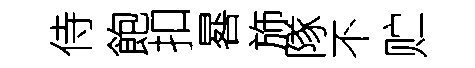
侍飽扣晷斾隊不贮